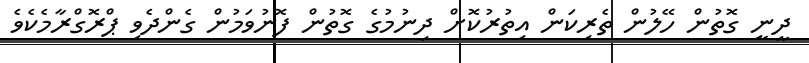
ދީނީ ގޮތުން ހޭލުން ތެރިކަން އިތުރުކޮށް ދިނުމުގެ ގޮތުން ފޮނުވަމުން ގެންދެވި ޕްރޮގްރާމެކެވެ